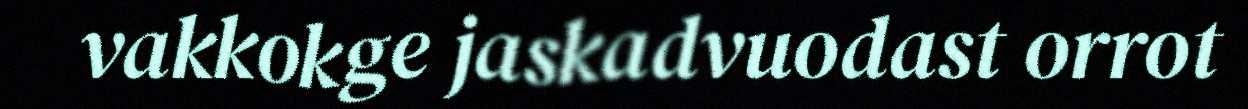
vakkokge jaskadvuodast orrot